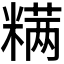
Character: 𰫋